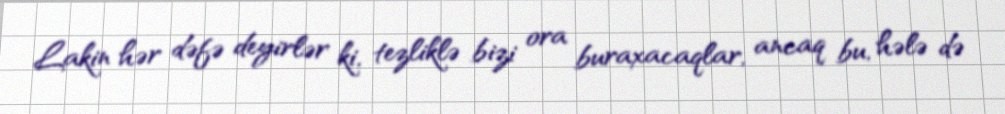
Lakin hər dəfə deyirlər ki, tezliklə bizi ora buraxacaqlar, ancaq bu, hələ də